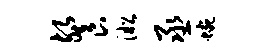
餐淞丞蜿